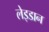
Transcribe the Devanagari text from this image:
लेइडान